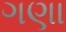
ગણા